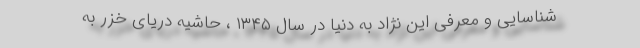
شناسایی و معرفی این نژاد به دنیا در سال ۱۳۴۵ ، حاشیه دریای خزر به